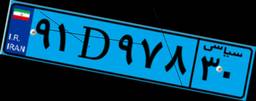
۱۴D۳۶۲۱۹